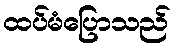
ထပ်မံပြောသည်